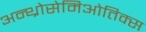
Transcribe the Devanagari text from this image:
अन्थ्रोसेमिओतिक्स